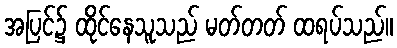
အပြင်၌ ထိုင်နေသူသည် မတ်တတ် ထရပ်သည်။